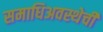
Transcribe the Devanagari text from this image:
समाधिअवस्थेची